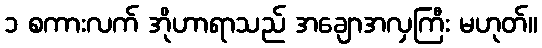
၁ စကားလက် အိုဟာရာသည် အချောအလှကြီး မဟုတ်။